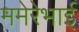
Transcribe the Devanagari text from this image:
ममेरेभाई